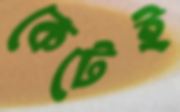
কেটেই